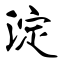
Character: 淀